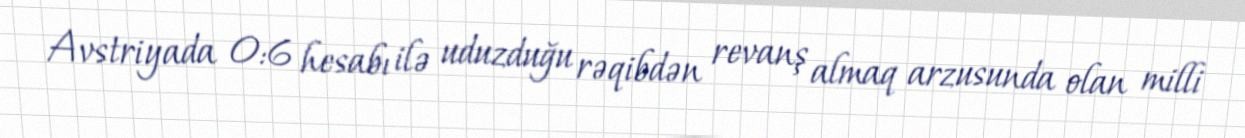
Avstriyada 0:6 hesabı ilə uduzduğu rəqibdən revanş almaq arzusunda olan milli